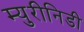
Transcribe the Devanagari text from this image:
म्युरीनिडी